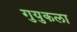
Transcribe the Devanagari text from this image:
गुयुकला